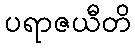
ပရာဇယီတိ